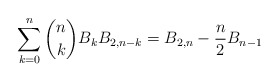
\begin{align*} \sum\limits_{k = 0}^n \binom{n}{k} B_k B_{2,n - k} = B_{2,n} - \frac{n}{2} B_{n - 1} \end{align*}